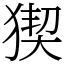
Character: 猰